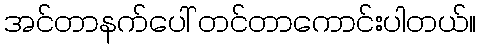
အင်တာနက်ပေါ် တင်တာကောင်းပါတယ်။